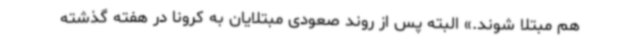
هم مبتلا شوند.» البته پس از روند صعودی مبتلایان به کرونا در هفته گذشته